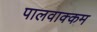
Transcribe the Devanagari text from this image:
पालवाक्कम